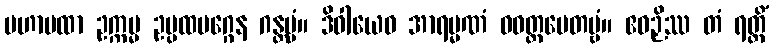
မဟာပထာ ဥက္ကမ္မ ဥပ္ပထမဂ္ဂေန ဂန္တဗ္ဗံ။ ဒိဝါယေဝ အာရမ္မဏံ ဝဝတ္ထပေတဗ္ဗံ။ ဧဝဉှိဿ တံ ရတ္တိံ